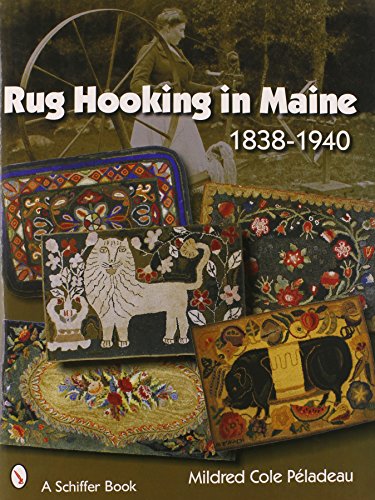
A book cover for Rug Hooking In Maine: 1838-1940; Mildred Cole Peladeau; Crafts, Hobbies & Home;